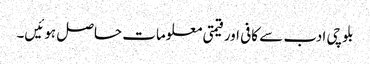
بلوچی ادب سے کافی اور قیمتی معلومات حاصل ہوئیں۔